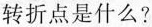
转折点是什么？